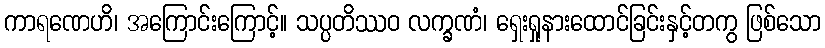
ကာရဏေဟိ၊ အကြောင်းကြောင့်။ သပ္ပတိဿဝ လက္ခဏံ၊ ရှေးရှုနားထောင်ခြင်းနှင့်တကွ ဖြစ်သော